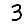
Digit: 3